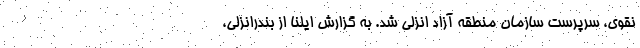
نقوی، سرپرست سازمان منطقه آزاد انزلی شد. به گزارش ایلنا از بندرانزلی،